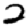
Digit: 2